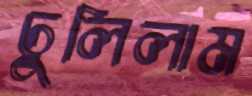
ঢুলিলাম